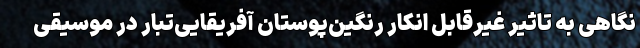
نگاهی به تاثیر غیرقابل انکار رنگین‌پوستان آفریقایی‌تبار در موسیقی